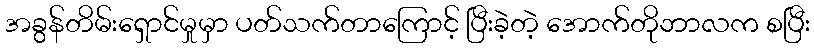
အခွန်တိမ်းရှောင်မှုမှာ ပတ်သက်တာကြောင့် ပြီးခဲ့တဲ့ အောက်တိုဘာလက စပြီး